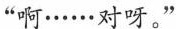
“啊……对呀。”